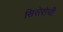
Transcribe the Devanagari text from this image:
सिसेरोची